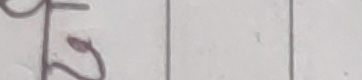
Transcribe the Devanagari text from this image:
५२